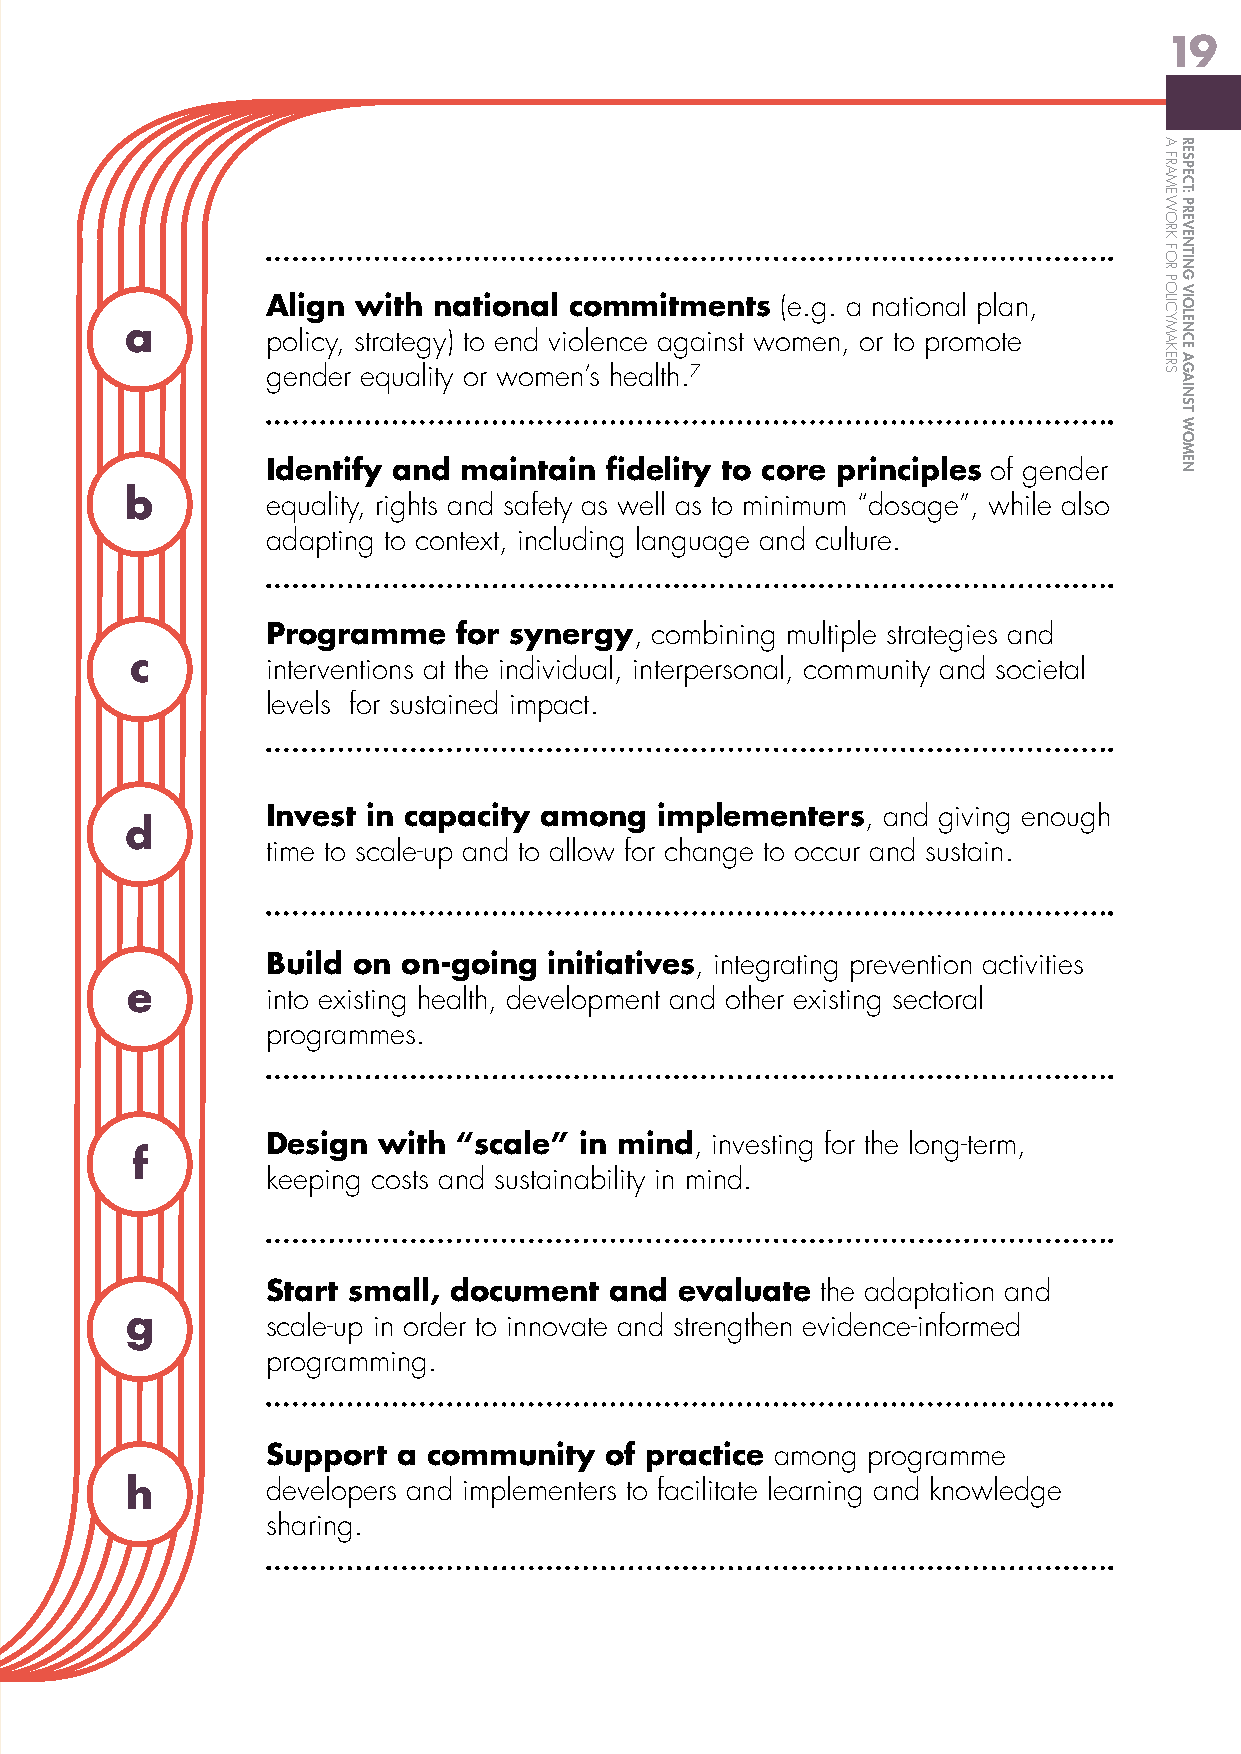
19
 Align with national commitments   (e.g. a national plan,
 a
 policy, strategy) to end violence against women, or to promote
 gender equality or women’s health.7
 Identify and maintain fidelity to core principles of gender
 b
 equality, rights and safety as well as to minimum “dosage”, while also
 adapting to context, including language and culture.
 Programme   for synergy, combining multiple strategies and
 c
 interventions at the individual, interpersonal, community and societal
 levels for sustained impact.
 Invest in capacity among  implementers, and giving enough
 d
 time to scale-up and to allow for change to occur and sustain.
 Build on on-going initiatives, integrating prevention activities
 e
 into existing health, development and other existing sectoral
 programmes.
 Design with “scale” in mind, investing for the long-term,
 f
 keeping costs and sustainability in mind.
 Start small, document and  evaluate the adaptation and
 g
 scale-up in order to innovate and strengthen evidence-informed
 programming.
 Support a community   of practice among programme
 h         developers and implementers to facilitate learning and knowledge
 sharing.
 A
 FRAMEWORK
 FOR
 POLICYMAKERS
 RESPECT:
 PREVENTING
 VIOLENCE
 AGAINST
 WOMEN